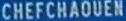
CHEFCHAOUEN